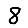
Digit: 8